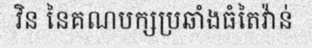
វិន នៃគណបក្សប្រឆាំងធំតៃវ៉ាន់